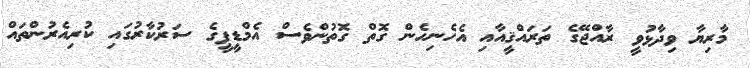
މާރިޔާ ވިދާޅުވީ ރާއްޖޭގެ ތަރައްޤީއާއި އެހެނިހެން ގޮތް ގޮތުންވެސް އެމްޑީޕީގެ ސަރުކާރުގައި ކުރިއެރުންތައް